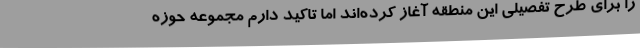
را برای طرح تفصیلی این منطقه آغاز کرده‌اند اما تاکید دارم مجموعه حوزه